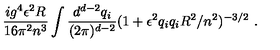
\frac { i g ^ { 4 } \epsilon ^ { 2 } R } { 1 6 \pi ^ { 2 } n ^ { 3 } } \int \frac { d ^ { d - 2 } q _ { i } } { ( 2 \pi ) ^ { d - 2 } } ( 1 + \epsilon ^ { 2 } q _ { i } q _ { i } R ^ { 2 } / n ^ { 2 } ) ^ { - 3 / 2 } \ .